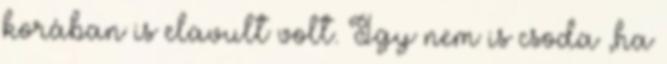
korában is elavult volt. Így nem is csoda ,ha